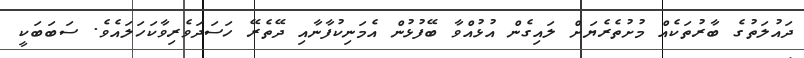
ދައުލަތުގެ ބާރުތަކެއް މުށުތެރެޔަށް ލައިގެން އުޅުއްވާ ބޭފުޅުން އެމަނިކުފާނާއި ދޭތެރޭ ހަސަދަވެރިވާކަހަލައެވެ. ސަބަބަކީ